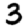
Digit: 3